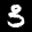
Label: 3